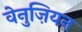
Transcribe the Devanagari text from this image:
वेनुज़ियन